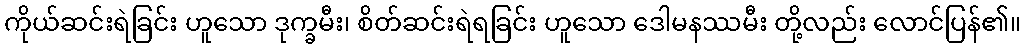
ကိုယ်ဆင်းရဲခြင်း ဟူသော ဒုက္ခမီး၊ စိတ်ဆင်းရဲရခြင်း ဟူသော ဒေါမနဿမီး တို့လည်း လောင်ပြန်၏။